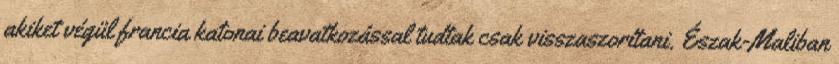
akiket végül francia katonai beavatkozással tudtak csak visszaszorítani. Észak-Maliban